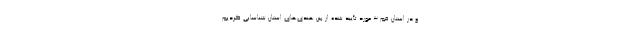
و در استان قم ۳ مورد تأیید شده از بین هندی‌های استان شناسایی کردیم